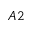
A 2